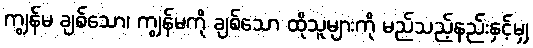
ကျွန်မ ချစ်သော၊ ကျွန်မကို ချစ်သော ထိုသူများကို မည်သည့်နည်းနှင့်မျှ